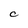
Character: C